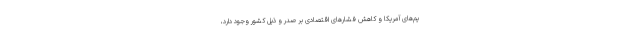
یم‌های آمریکا و کاهش فشارهای اقتصادی بر صدر و ذیل کشور وجود دارد،